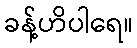
ခန့်ဟိပါရေ။